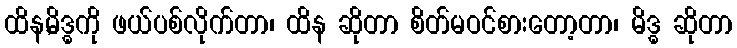
ထိန,မိဒ္ဓကို ဖယ်ပစ်လိုက်တာ၊ ထိန ဆိုတာ စိတ်မဝင်စားတော့တာ၊ မိဒ္ဓ ဆိုတာ